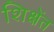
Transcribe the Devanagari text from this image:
शिक्षेंत